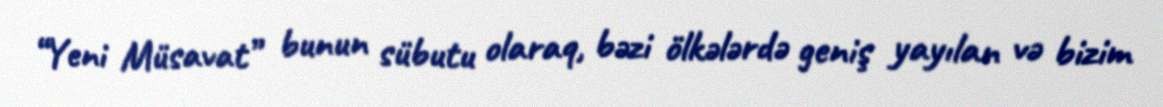
“Yeni Müsavat” bunun sübutu olaraq, bəzi ölkələrdə geniş yayılan və bizim